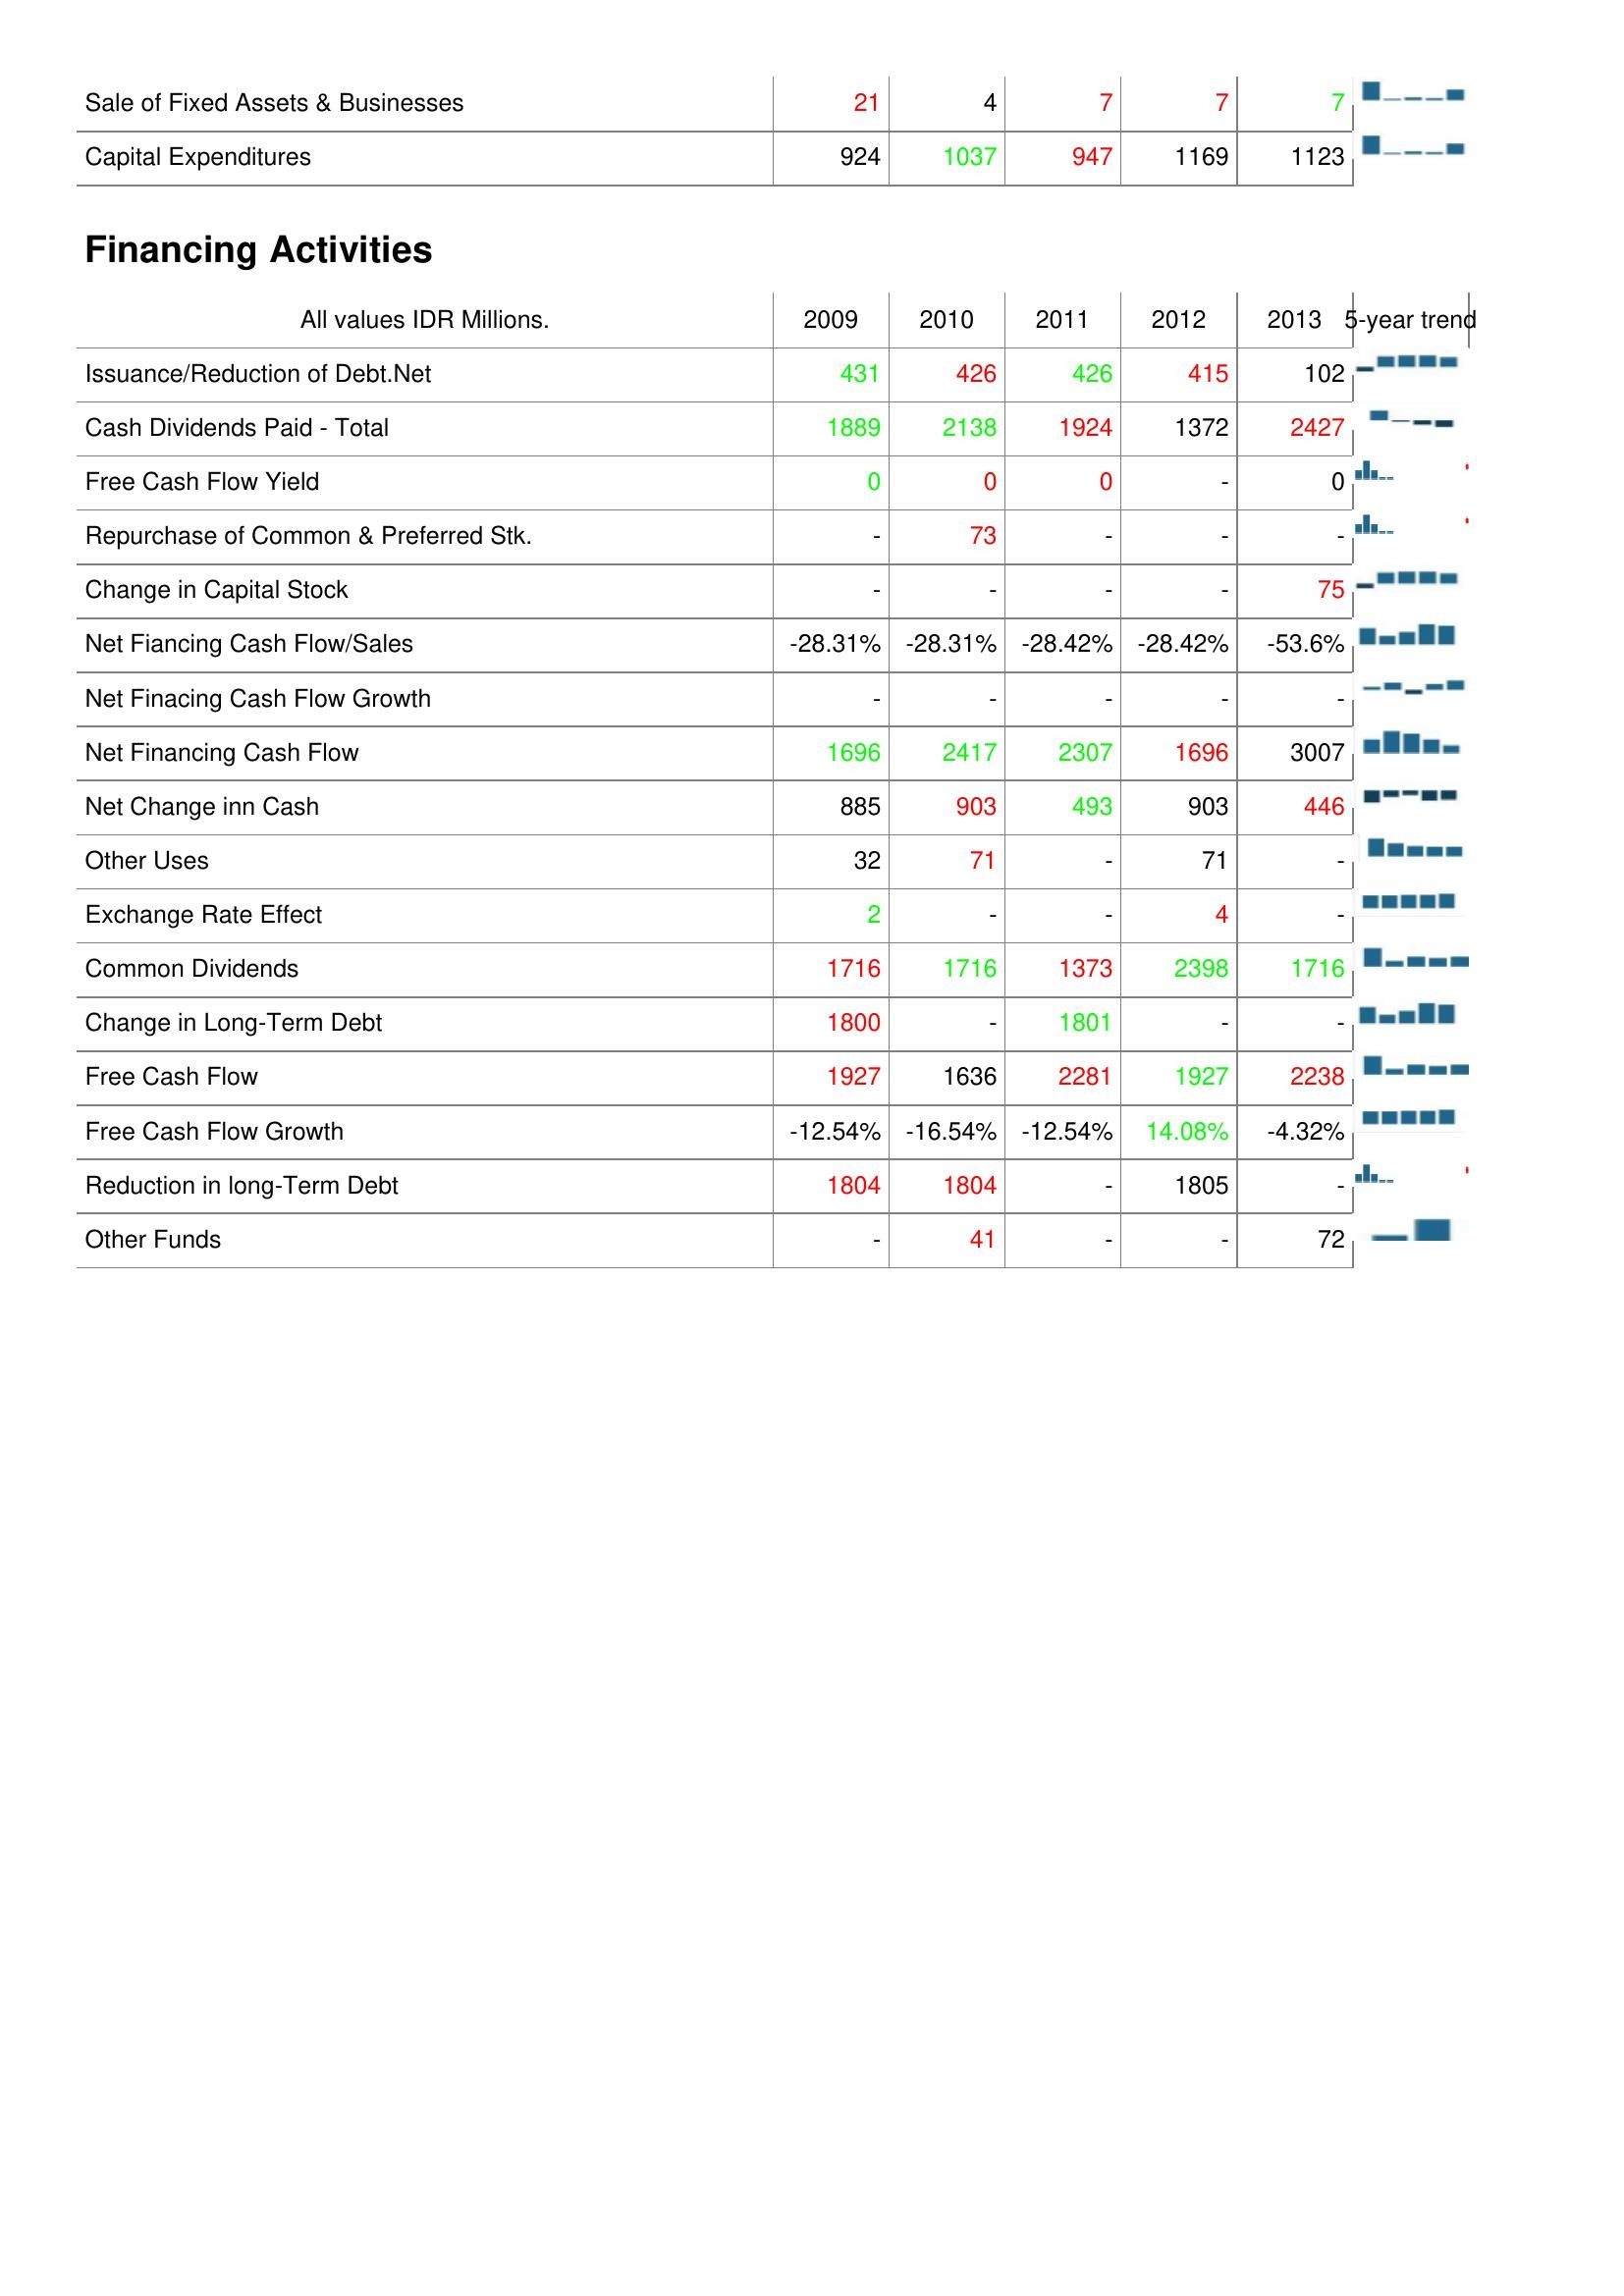
2009: Investing Activities: Sale of Fixed Assets & Businesses: 21
Capital Expenditures: 924
Financing Activities: Issuance/Reduction of Debt.Net: 431
Cash Dividends Paid - Total: 1889
Free Cash Flow Yield: 0
Repurchase of Common & Preferred Stk.: -
Change in Capital Stock: -
Net Fiancing Cash Flow/Sales: -28.31%
Net Finacing Cash Flow Growth: -
Net Financing Cash Flow: 1696
Net Change inn Cash: 885
Other Uses: 32
Exchange Rate Effect: 2
Common Dividends: 1716
Change in Long-Term Debt: 1800
Free Cash Flow: 1927
Free Cash Flow Growth: -12.54%
Reduction in long-Term Debt: 1804
Other Funds: -
2010: Investing Activities: Sale of Fixed Assets & Businesses: 4
Capital Expenditures: 1037
Financing Activities: Issuance/Reduction of Debt.Net: 426
Cash Dividends Paid - Total: 2138
Free Cash Flow Yield: 0
Repurchase of Common & Preferred Stk.: 73
Change in Capital Stock: -
Net Fiancing Cash Flow/Sales: -28.31%
Net Finacing Cash Flow Growth: -
Net Financing Cash Flow: 2417
Net Change inn Cash: 903
Other Uses: 71
Exchange Rate Effect: -
Common Dividends: 1716
Change in Long-Term Debt: -
Free Cash Flow: 1636
Free Cash Flow Growth: -16.54%
Reduction in long-Term Debt: 1804
Other Funds: 41
2011: Investing Activities: Sale of Fixed Assets & Businesses: 7
Capital Expenditures: 947
Financing Activities: Issuance/Reduction of Debt.Net: 426
Cash Dividends Paid - Total: 1924
Free Cash Flow Yield: 0
Repurchase of Common & Preferred Stk.: -
Change in Capital Stock: -
Net Fiancing Cash Flow/Sales: -28.42%
Net Finacing Cash Flow Growth: -
Net Financing Cash Flow: 2307
Net Change inn Cash: 493
Other Uses: -
Exchange Rate Effect: -
Common Dividends: 1373
Change in Long-Term Debt: 1801
Free Cash Flow: 2281
Free Cash Flow Growth: -12.54%
Reduction in long-Term Debt: -
Other Funds: -
2012: Investing Activities: Sale of Fixed Assets & Businesses: 7
Capital Expenditures: 1169
Financing Activities: Issuance/Reduction of Debt.Net: 415
Cash Dividends Paid - Total: 1372
Free Cash Flow Yield: -
Repurchase of Common & Preferred Stk.: -
Change in Capital Stock: -
Net Fiancing Cash Flow/Sales: -28.42%
Net Finacing Cash Flow Growth: -
Net Financing Cash Flow: 1696
Net Change inn Cash: 903
Other Uses: 71
Exchange Rate Effect: 4
Common Dividends: 2398
Change in Long-Term Debt: -
Free Cash Flow: 1927
Free Cash Flow Growth: 14.08%
Reduction in long-Term Debt: 1805
Other Funds: -
2013: Investing Activities: Sale of Fixed Assets & Businesses: 7
Capital Expenditures: 1123
Financing Activities: Issuance/Reduction of Debt.Net: 102
Cash Dividends Paid - Total: 2427
Free Cash Flow Yield: 0
Repurchase of Common & Preferred Stk.: -
Change in Capital Stock: 75
Net Fiancing Cash Flow/Sales: -53.6%
Net Finacing Cash Flow Growth: -
Net Financing Cash Flow: 3007
Net Change inn Cash: 446
Other Uses: -
Exchange Rate Effect: -
Common Dividends: 1716
Change in Long-Term Debt: -
Free Cash Flow: 2238
Free Cash Flow Growth: -4.32%
Reduction in long-Term Debt: -
Other Funds: 72